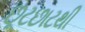
છૂટછાટથી